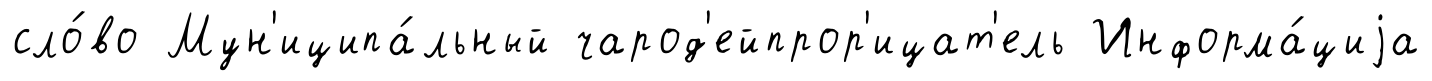
сло́во Мун'иципа́льный чарод'ейпрор'ицат'ель Информа́циjа